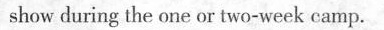
show during the one or two-week camp.